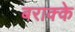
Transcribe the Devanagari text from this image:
बराक्के